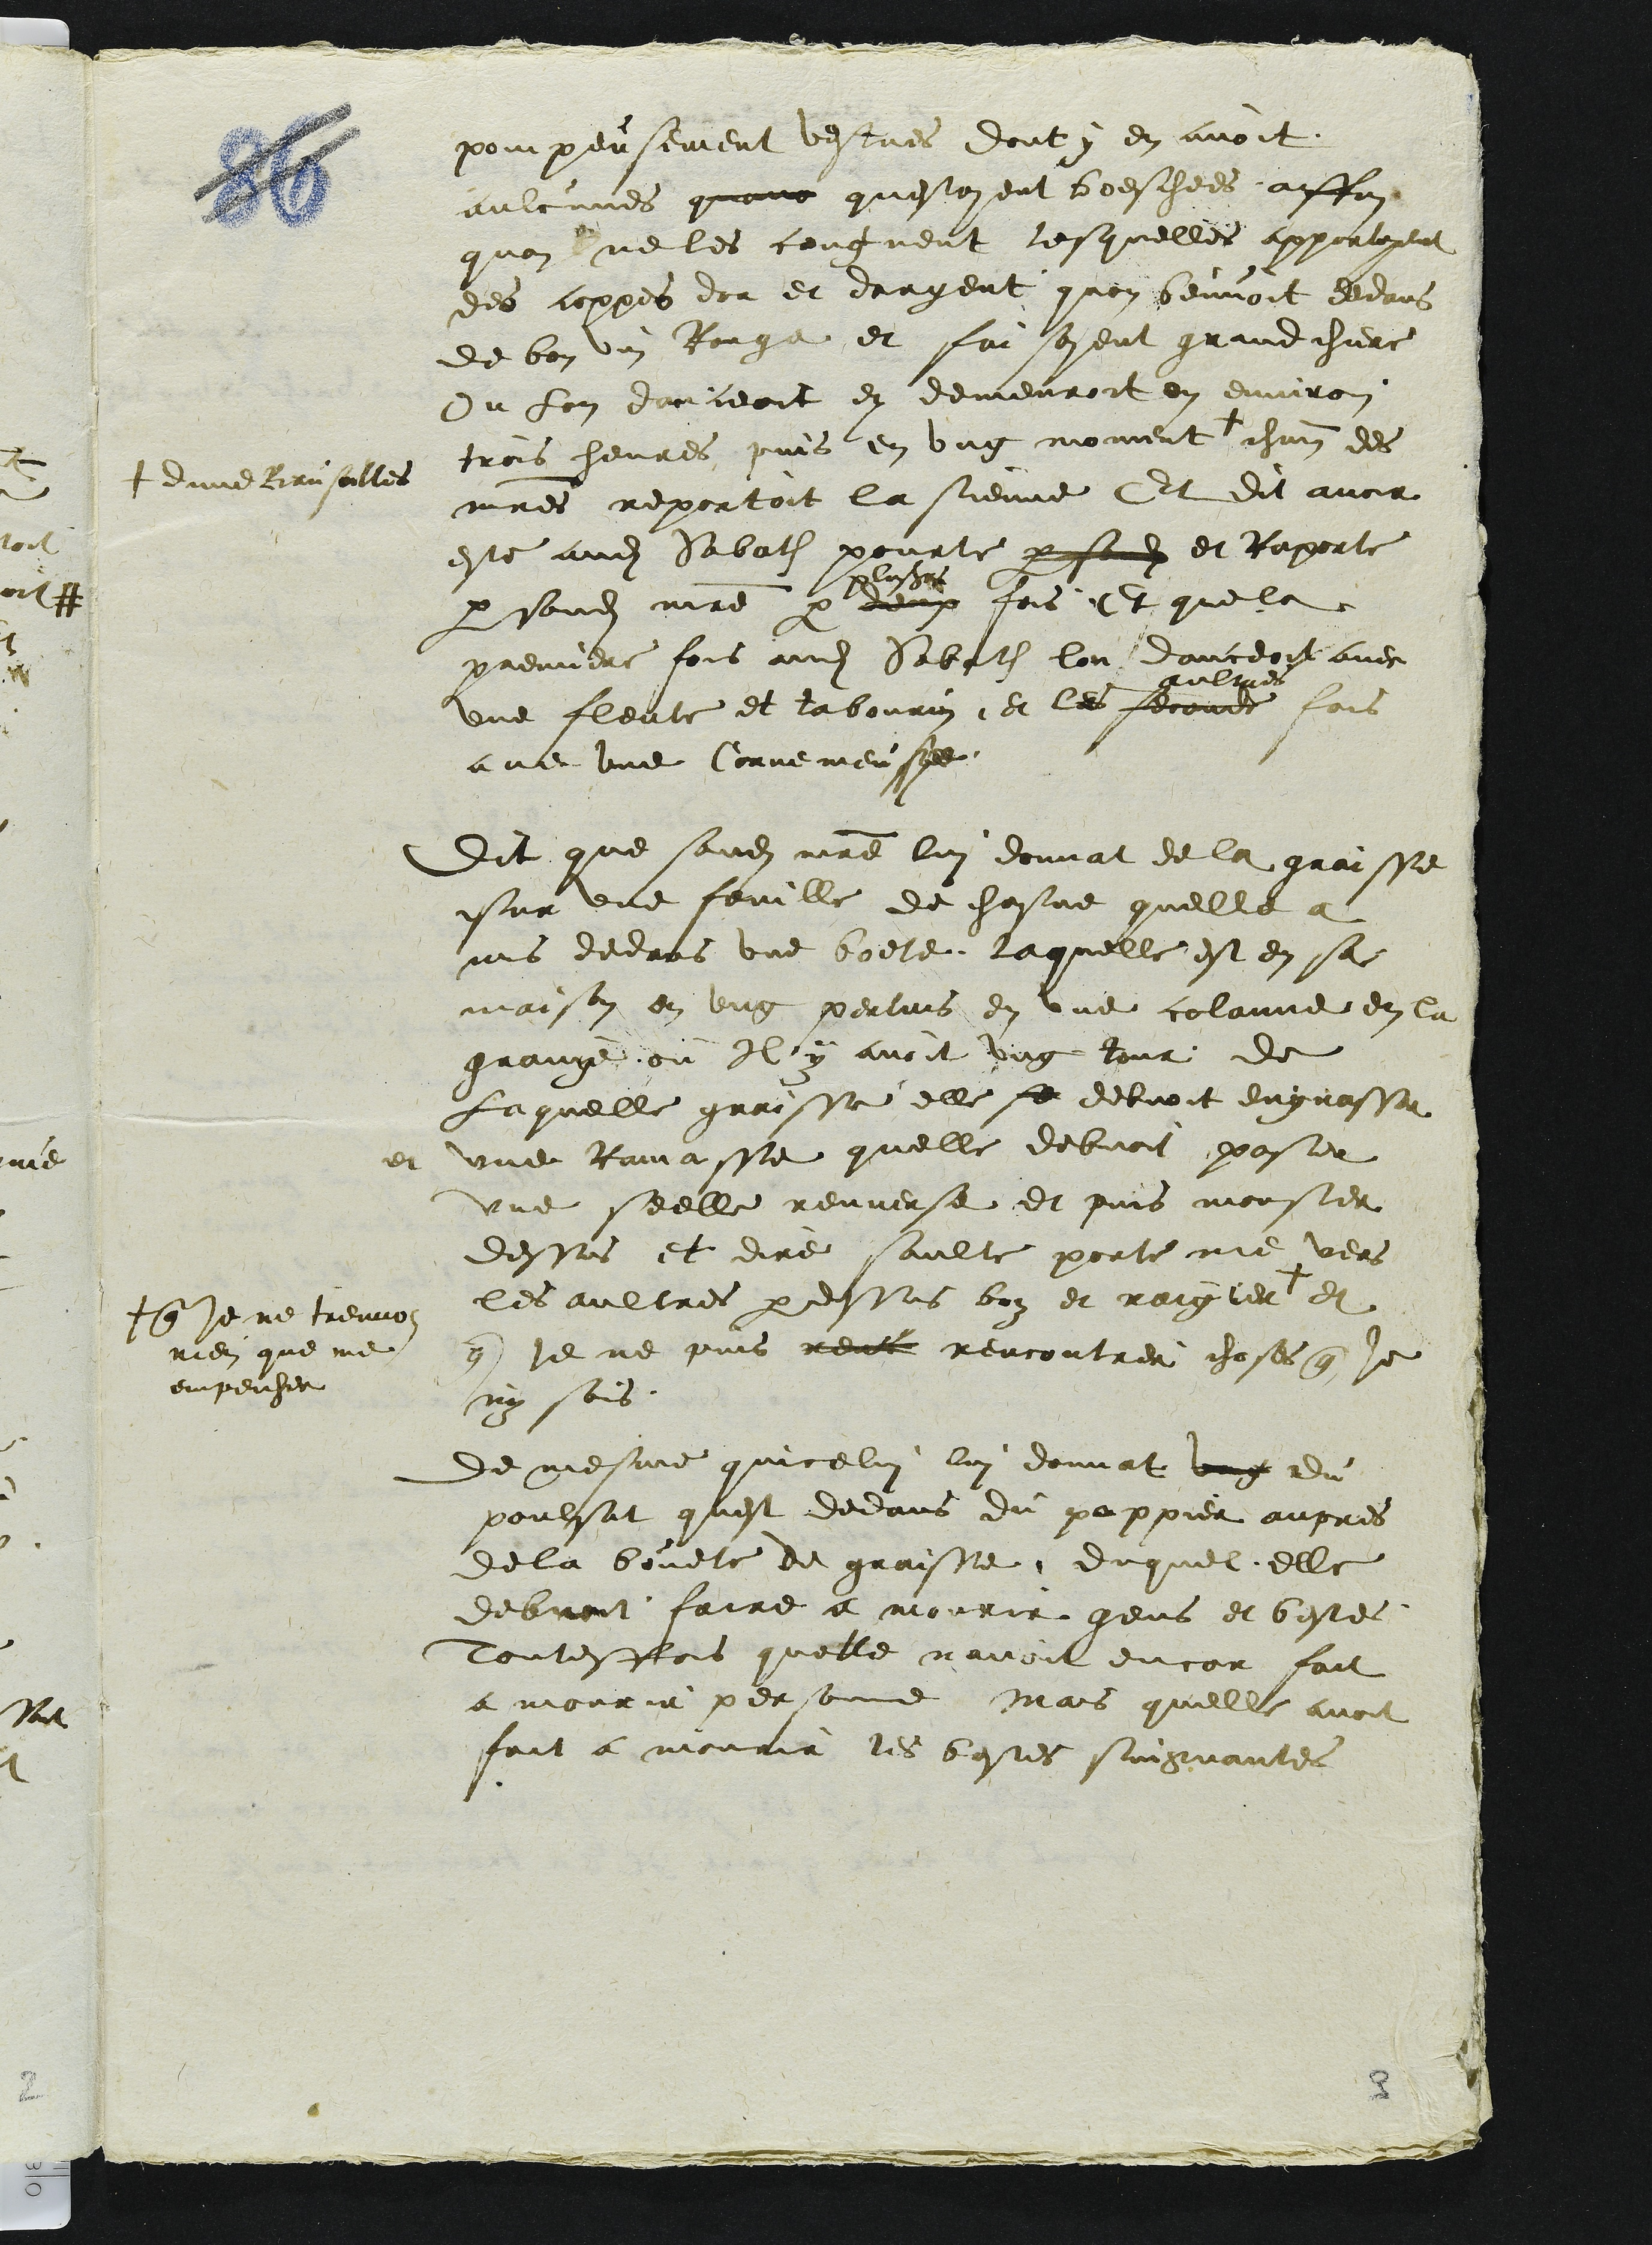
pompeusement vestues dont y en avoit
aulcunes quone questoyent boeschees affin
quon ne les congneut lesquelles apportoyent
des coppes dor et dargent quon beuvoit dedans
de bon vin Rouge et faisoyent grand chier
Ou lon danceoit en demeuroit on environ
trois hevres puis en ung moment +
+ dune Bausailles
chacun des
maitres reportoit la sienne Et dit avoir
este audit Sabath pourte parsondit et Raporte
par sondit maitre par deux
plusieurs
fois Et que la
premiere fois audit Sabath lon danceoit avec
une fleute et tabourin, et les feconde
aultres
fois
avec une Cornemeuse
Dit que sondit maitre lui donnat de la graisse
sur une feuille de chasne quelle a
mis dedans une boete laquelle est en sa
maison en ung pertuis en une colonne en la
grange ou Il y avoit ung tour de
Laquelle graisse elle se debvoit engrasse
et une Ramasse quelle debvoit poser
une seelle renverse et puis monster
dessus et dire saulte porte me vers
les aultres par dessus boz et raigier +
+ que je ne treuvois
rien que me
empeicher
et
que je ne puis renc rencontrer choses que je
ny sois
de mesme quicelui lui donnat ung du
poulsat quest dedans du pappier aupres
de la bouete de graisse duquel, elle
debvoit faire a mourir gens et beste
toutesfois quelle navoit encor fait
a mourir personne mais quelle avoit
fait a mourir les bestes suigvantes